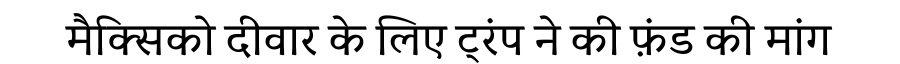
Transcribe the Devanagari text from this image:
मैक्सिको दीवार के लिए ट्रंप ने की फ़ंड की मांग